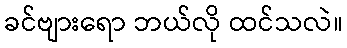
ခင်ဗျားရော ဘယ်လို ထင်သလဲ။